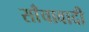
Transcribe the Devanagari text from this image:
साँचावादी